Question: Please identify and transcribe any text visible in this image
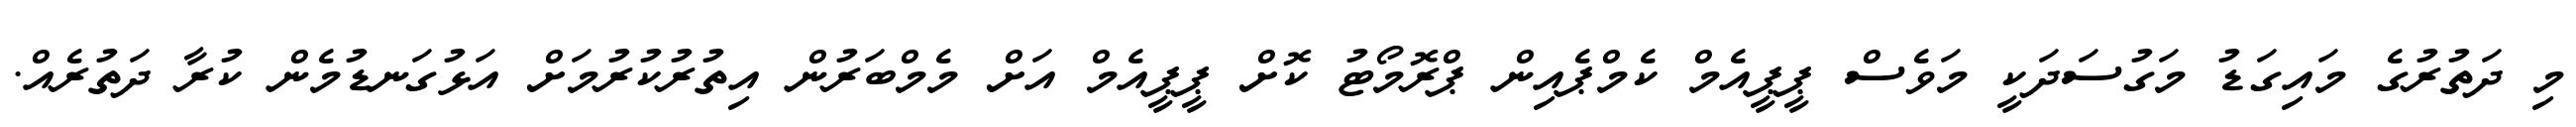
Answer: މި ދަތުރުގެ މައިގަޑު މަގުސަދަކީ މަވެސް ޕީޕީއެމް ކެމްޕެއިން ޕްރޮމޯޓު ކޮށް ޕީޕީއެމް އަށް މެމްބަރުން އިތުރުކުރުމަށް އަޅުގަނޑުމެން ކުރާ ދަތުރެއް.